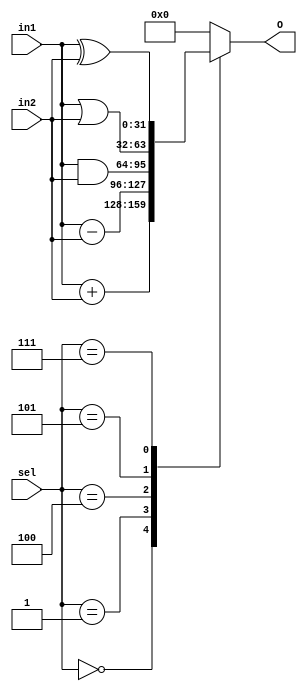
module ALU(input [31:0]in1, input [31:0]in2, input [3:0]sel, output reg [31:0]O);
    always @(sel, in1, in2) begin
      case (sel)
        0: O <= in1 + in2;
        1: O <= in1 - in2;
        4: O <= in1 & in2;
        5: O <= in1 | in2;
        7: O <= in1 ^ in2;
        // 8, 9, 10 are left alone :(
		default : O<=32'b0;
      endcase
    end
endmodule